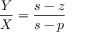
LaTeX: { \frac { Y } { X } } = { \frac { s - z } { s - p } }